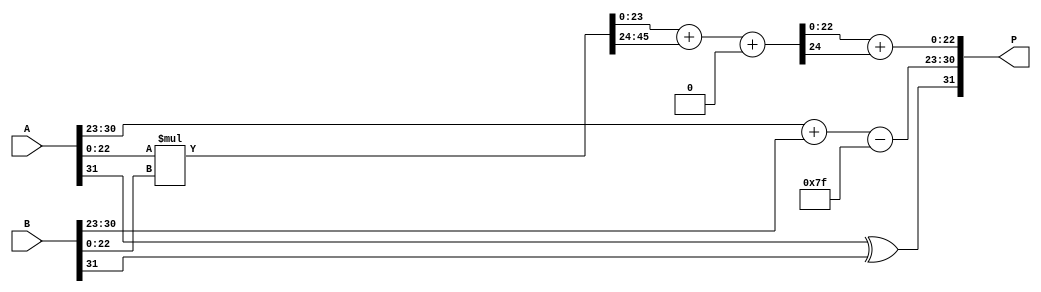
module FP_Wallace_Multiplier (
    input [31:0] A, // Input Floating-Point A
    input [31:0] B, // Input Floating-Point B
    output reg [31:0] P // Output Floating-Point Product
);

    // Extract sign, exponent, and significand from A and B
    wire sign_A = A[31];
    wire [7:0] exp_A = A[30:23];
    wire [22:0] sig_A = {1'b1, A[22:0]}; // Normalized significand with hidden bit

    wire sign_B = B[31];
    wire [7:0] exp_B = B[30:23];
    wire [22:0] sig_B = {1'b1, B[22:0]}; // Normalized significand with hidden bit

    // Sign calculation
    wire sign_result = sign_A ^ sign_B;

    // Exponent calculation
    wire [8:0] exp_result = (exp_A + exp_B - 8'd127); // Subtract bias (127 for single precision)

    // Significand multiplication using Wallace tree
    wire [47:0] product = sig_A * sig_B; // Simple multiplication for partial product generation

    // Wallace tree partial product reduction
    wire [47:0] pp0, pp1, pp2; // Adders for partial products (3 sets based on Wallace structure)
    wire [23:0] sum1, carry1, sum2, carry2; // Intermediate sums and carries
    wire [23:0] final_sum, final_carry;

    // Stage 1: Full Adders for reduction (Simplified here for educational purposes)
    assign pp0 = product[23:0]; // Lower half
    assign pp1 = product[47:24]; // Upper half
    assign pp2 = 0; // In actual use this would be additional partial products

    // Example reduction logic (assuming two sets here for demo purposes)
    assign {carry1, sum1} = pp0 + pp1; // 1st reduction (simple addition)
    assign {carry2, sum2} = sum1 + pp2; // 2nd reduction

    // Final sum calculation
    assign {final_carry, final_sum} = sum2 + carry2; // Final addition

    // Normalize the result (simplified)
    reg [7:0] exp_final;
    reg [22:0] sig_final;
    
    always @(*) begin
        // This part would include normalization and rounding logic
        exp_final = exp_result; // placeholder
        sig_final = final_sum[22:0]; // use the lower 23 bits

        // Adjust for normalization if necessary
        // Logic to find leading 1 and adjust exp_final accordingly would go here

        P = {sign_result, exp_final, sig_final}; // Assemble final product
    end

endmodule